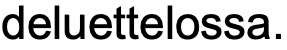
deluettelossa.